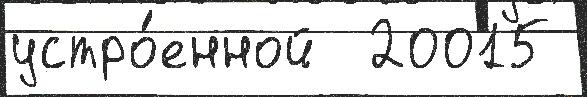
устро́енной  20015